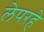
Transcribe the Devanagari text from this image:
लेपरहे